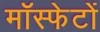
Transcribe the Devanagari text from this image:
मॉस्फेटों